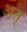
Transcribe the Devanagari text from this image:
अत्‌